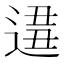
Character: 𨔚